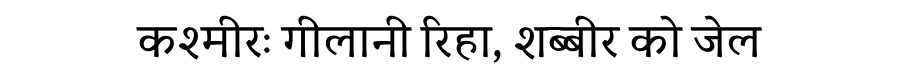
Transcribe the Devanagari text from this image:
कश्मीरः गीलानी रिहा, शब्बीर को जेल